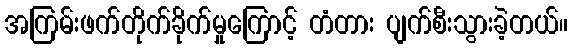
အကြမ်းဖက်တိုက်ခိုက်မှုကြောင့် တံတား ပျက်စီးသွားခဲ့တယ်။